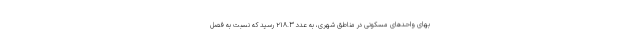
بهای واحدهای مسکونی در مناطق شهری، به عدد ۲۱۸.۳ رسید که نسبت به فصل